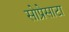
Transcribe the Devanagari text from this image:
सोप्रेसाटा